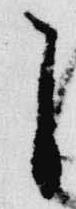
自